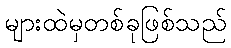
များထဲမှတစ်ခုဖြစ်သည်